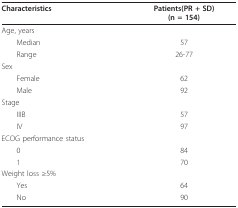
<table><thead><tr><td><b>Characteristics</b></td><td><b>Patients(PR + SD)(n = 154)</b></td></tr></thead><tbody><tr><td>Age, years</td><td></td></tr><tr><td> Median</td><td>57</td></tr><tr><td> Range</td><td>26-77</td></tr><tr><td>Sex</td><td></td></tr><tr><td> Female</td><td>62</td></tr><tr><td> Male</td><td>92</td></tr><tr><td>Stage</td><td></td></tr><tr><td> IIIB</td><td>57</td></tr><tr><td> IV</td><td>97</td></tr><tr><td>ECOG performance status</td><td></td></tr><tr><td> 0</td><td>84</td></tr><tr><td> 1</td><td>70</td></tr><tr><td>Weight loss ≥5%</td><td></td></tr><tr><td> Yes</td><td>64</td></tr><tr><td> No</td><td>90</td></tr></tbody></table>